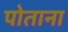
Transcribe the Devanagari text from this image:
पोताना